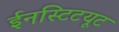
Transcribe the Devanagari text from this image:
ईनस्टिटयूट